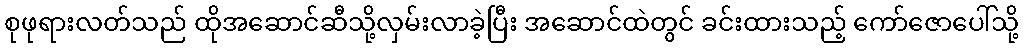
စုဖုရားလတ်သည် ထိုအဆောင်ဆီသို့လှမ်းလာခဲ့ပြီး အဆောင်ထဲတွင် ခင်းထားသည့် ကော်ဇောပေါ်သို့